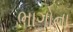
ભાગોના